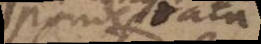
Ponderata